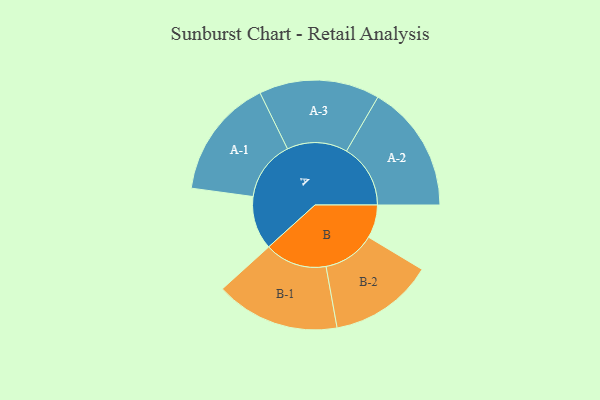
{"axis": {"x": "Segment", "y": "Value"}, "legend": ["", "A", "B"], "data": [{"x": "A", "y": 177, "type": ""}, {"x": "B", "y": 110, "type": ""}, {"x": "A-1", "y": 199, "type": "A"}, {"x": "A-2", "y": 212, "type": "A"}, {"x": "A-3", "y": 200, "type": "A"}, {"x": "B-1", "y": 206, "type": "B"}, {"x": "B-2", "y": 173, "type": "B"}]}